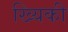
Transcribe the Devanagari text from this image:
ख्यिकी